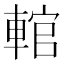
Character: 輨